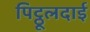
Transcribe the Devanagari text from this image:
पिट्ठूलदाई